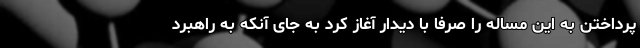
پرداختن به این مساله را صرفا با دیدار آغاز کرد به جای آنکه به راهبرد